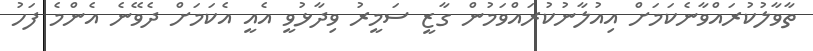
ތާވާލުކުރައްވާނެކަމަށް އިއުލާނުކުރައްވަމުން ގާޒީ ސަމީރު ވިދާޅުވީ އެއީ އެކަމަށް ދެވޭނެ އެންމެ ފަހު